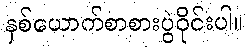
နှစ်ယောက်စာစားပွဲဝိုင်းပါ။